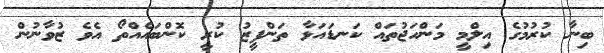
ބިނާ ކުރުމުގެ އިލްމީ މަންހަޖުތައް ކަނޑައަޅާ ތަންފީޒު ކުރީ ކޮންބައެއްތޯ އެވެ ޒުވާނުން